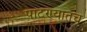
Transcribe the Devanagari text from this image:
पाटण्यातच